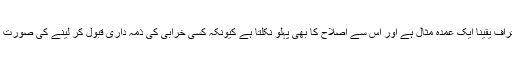
بلا شبہ اشیاء خوردنی کے بحران پر کوتاہی کا اعتراف یقیناً ایک عمدہ مثال ہے اور اس سے اصلاح کا بھی پہلو نکلتا ہے کیونکہ کسی خرابی کی ذمہ داری قبول کر لینے کی صورت میں ہی اصلاحی اقدامات کرنے کا عزم ابھرتا ہے۔